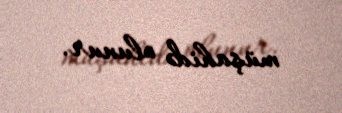
müşahidə olunur.